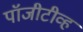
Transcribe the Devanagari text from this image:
पॉजीटीव्ह